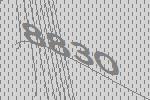
8830